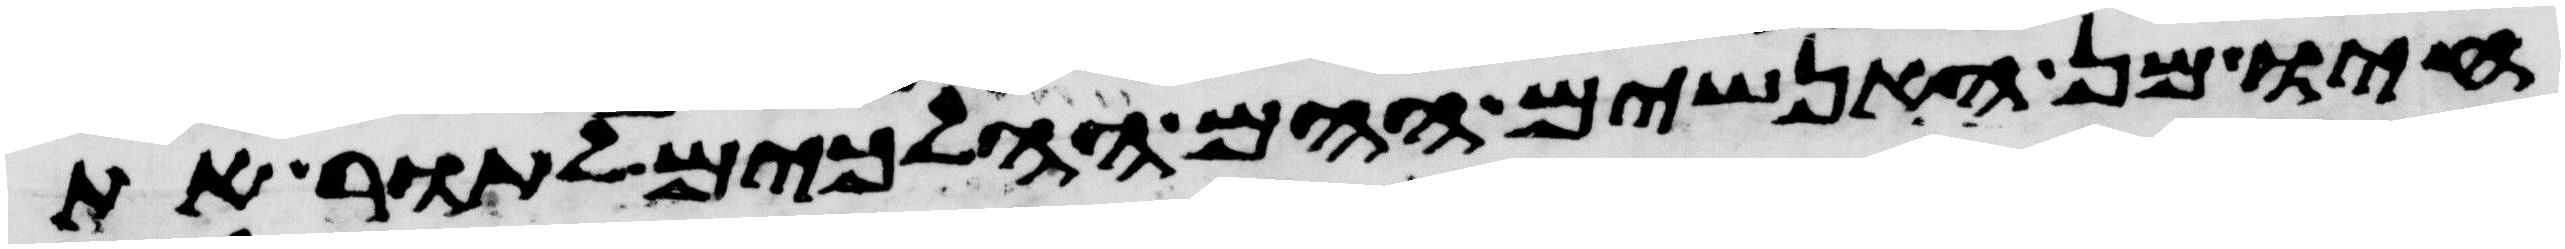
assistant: חיו מן האנשים ההם ההלכים לתור את